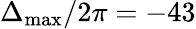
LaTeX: \Delta_{\mathrm{max}}/2\pi=-43